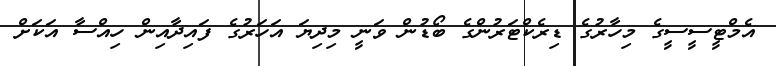
އެމްޓީސީސީގެ މިހާރުގެ ޑިރެކްޓަރުންގެ ބޯޑުން ވަނީ މިދިޔަ އަހަރުގެ ފައިދާއިން ހިއްސާ އަކަށް